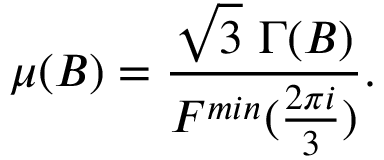
\mu ( B ) = \frac { \sqrt { 3 } \, \, \Gamma ( B ) } { F ^ { m i n } ( \frac { 2 \pi i } { 3 } ) } .